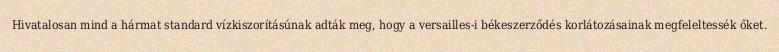
Hivatalosan mind a hármat standard vízkiszorításúnak adták meg, hogy a versailles-i békeszerződés korlátozásainak megfeleltessék őket.